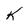
Character: K